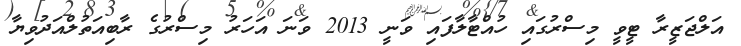
އަލްޖަޒީރާ ޓީވީ މިސްރުގައި ހުއްޓާލާފައި ވަނީ 2013 ވަނަ އަހަރު މިސްރުގެ ރާބިއަތުލްއަދުވިޔާ